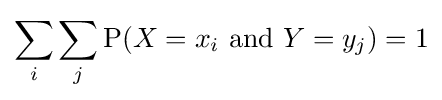
\sum _{i}\sum _{j}\mathrm {P} (X=x_{i}\ \mathrm {and} \ Y=y_{j})=1